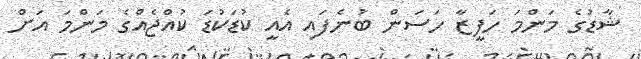
ޝާޑުގެ މަންމަ ހަފީޒާ ހަސަން ބުނެފައި އެއީ ކުޑަކުޑަ ކުއްޖެއްގެ މަންމަ އަށް